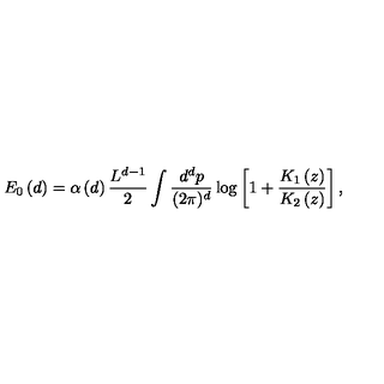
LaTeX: E _ { 0 } \left( d \right) = \alpha \left( d \right) \frac { L ^ { d - 1 } } { 2 } \int \frac { d ^ { d } p } { ( 2 \pi ) ^ { d } } \log \left[ 1 + \frac { K _ { 1 } \left( z \right) } { K _ { 2 } \left( z \right) } \right] ,